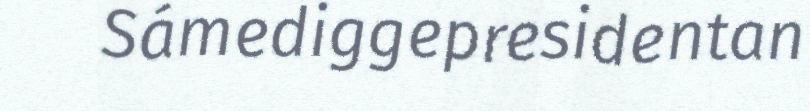
Sámediggepresidentan